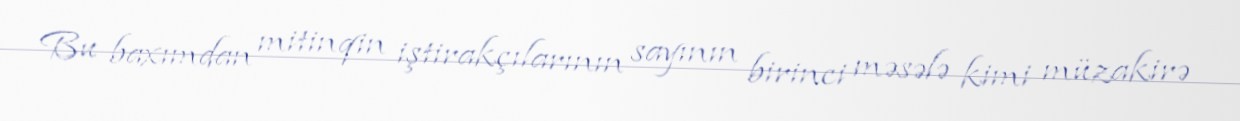
Bu baxımdan mitinqin iştirakçılarının sayının birinci məsələ kimi müzakirə